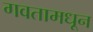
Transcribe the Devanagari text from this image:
गवतामधून